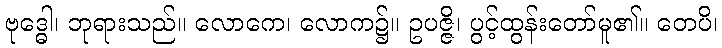
ဗုဒ္ဓေါ၊ ဘုရားသည်။ လောကေ၊ လောက၌။ ဥပဇ္ဇိ၊ ပွင့်ထွန်းတော်မူ၏။ တေပိ၊